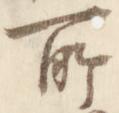
所